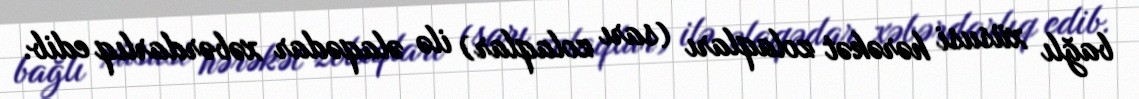
bağlı xüsusi hərəkət zolaqları (sarı zolaqlar) ilə əlaqədar xəbərdarlıq edib.